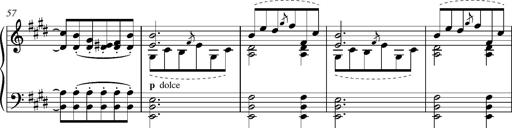
Title: Madrigal
Composer: Lucien Wurmser
Key: A major